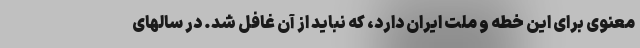
معنوی برای این خطه و ملت ایران دارد، که نباید از آن غافل شد. در سالهای